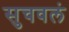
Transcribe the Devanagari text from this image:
सुचवलं